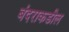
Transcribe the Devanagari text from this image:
बंदराकडील